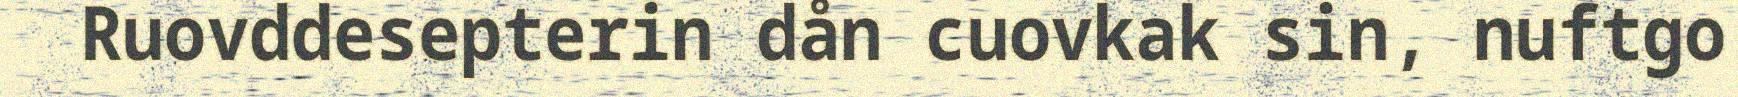
Ruovddesepterin dån cuovkak sin, nuftgo